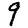
Digit: 9